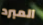
المبرد